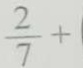
\frac { 2 } { 7 } +